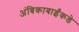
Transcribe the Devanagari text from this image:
अंबिकाबाईंकडे